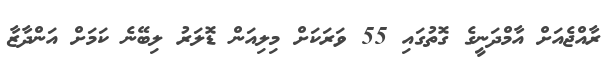
ރާއްޖެއަށް އާމްދަނީގެ ގޮތުގައި 55 ވަރަކަށް މިލިއަން ޑޮލަރު ލިބޭނެ ކަމަށް އަންދާޒާ